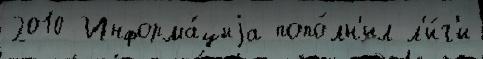
2010 Информа́циjа попо́лн'ил л'и́г'и